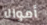
أموالا